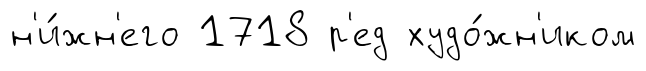
н'и́жн'его 1718 р'ед худо́жн'иком